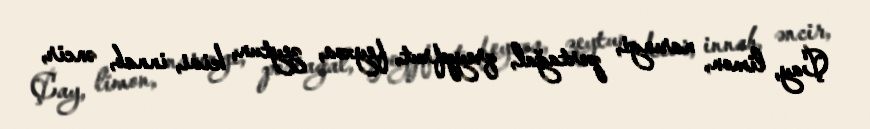
Çay, limon, narıngi, portağal, qreypfrut, feyxoa, zeytun, kivi, innab, əncir,